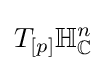
T_{[p]}\mathbb {H} _{\mathbb {C} }^{n}